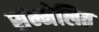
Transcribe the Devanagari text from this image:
संम्मेलित